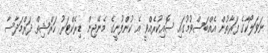
ނަވަލޯކާގެ ފަރާތުން އެއްބަސްވުމުގައި ސޮއިކުރެއްވީ އެ ކުންފުނީގެ މެނޭޖިން ޑިރެކްޓަރު ހަރްޝިތް ދަރްމަދާސާ